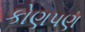
કોણપણ